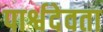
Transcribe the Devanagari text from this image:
पार्श्वदेवता